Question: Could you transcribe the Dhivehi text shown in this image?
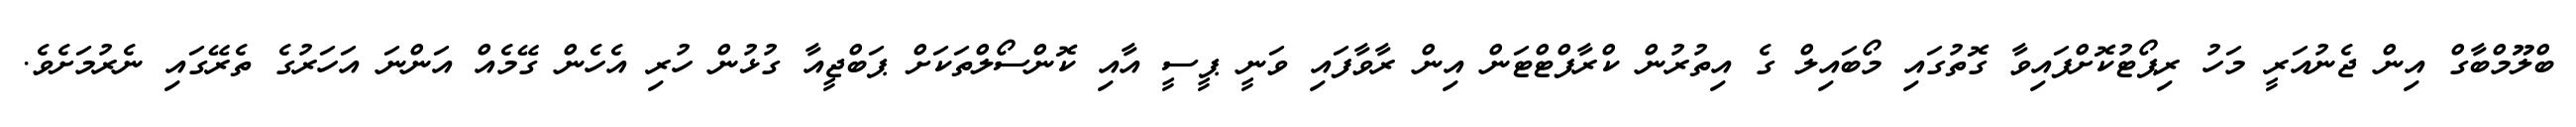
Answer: ބްލޫމްބާގް އިން ޖެނުއަރީ މަހު ރިޕޯޓުކޮށްފައިވާ ގޮތުގައި މޯބައިލް ގެ އިތުރުން ކްރާފްޓްޓަން އިން ރާވާފައި ވަނީ ޕީސީ އާއި ކޮންސޯލްތަކަށް ޕަބްޖީއާ ގުޅުން ހުރި އެހެން ގޭމެއް އަންނަ އަހަރުގެ ތެރޭގައި ނެރުމަށެވެ.